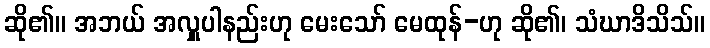
ဆို၏။ အဘယ် အလှူပါနည်းဟု မေးသော် မေထုန်-ဟု ဆို၏၊ သံဃာဒိသိသ်။